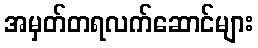
အမှတ်တရလက်ဆောင်များ